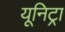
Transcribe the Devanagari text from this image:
यूनिट्रा